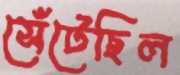
সেঁটেছিল